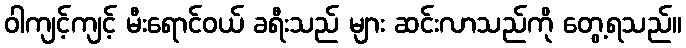
ဝါကျင့်ကျင့် မီးရောင်ဝယ် ခရီးသည် များ ဆင်းလာသည်ကို တွေ့ရသည်။